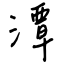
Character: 潭